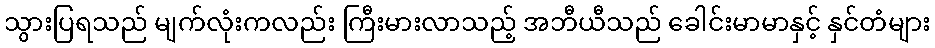
သွားပြရသည် မျက်လုံးကလည်း ကြီးမားလာသည့် အဘီယီသည် ခေါင်းမာမာနှင့် နှင်တံများ